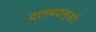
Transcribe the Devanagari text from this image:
दलबदलुओं